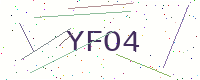
Text: YFO4